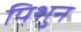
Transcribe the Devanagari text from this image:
पिशुन